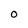
Character: O